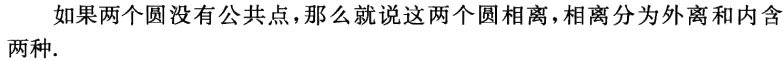
如果两个圆没有公共点，那么就说这两个圆相离，相离分为外离和内含两种.